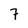
Character: 7